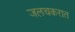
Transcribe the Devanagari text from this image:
जलचकरात